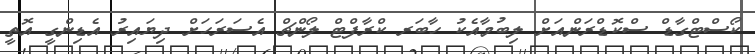
ކޯސްޓްގާޑް ސްކޮޑްރަންއަށް ލިބުމާއެކު ހާބަރ ކްރާފްޓް ލޯންޗް އެސަރަހަށް ދިޔައިރު އެޑިންގީ އޮތީ